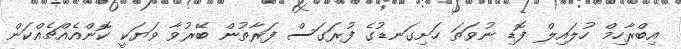
އިބްރާހިމް ހުލައިލް ފޮޑި ނުވަތަ ހަށިގަނޑުގެ ފުރަގަސް ފަރާތުން ބޭރުވާ ވަޔަކީ ކޮންއެއްޗެއްކަން